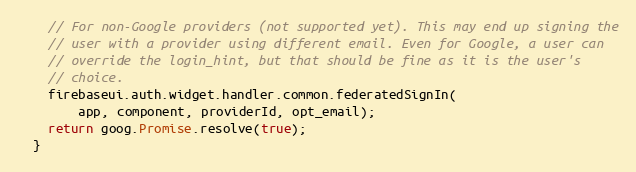
Language: JavaScript
    // For non-Google providers (not supported yet). This may end up signing the
    // user with a provider using different email. Even for Google, a user can
    // override the login_hint, but that should be fine as it is the user's
    // choice.
    firebaseui.auth.widget.handler.common.federatedSignIn(
        app, component, providerId, opt_email);
    return goog.Promise.resolve(true);
  }